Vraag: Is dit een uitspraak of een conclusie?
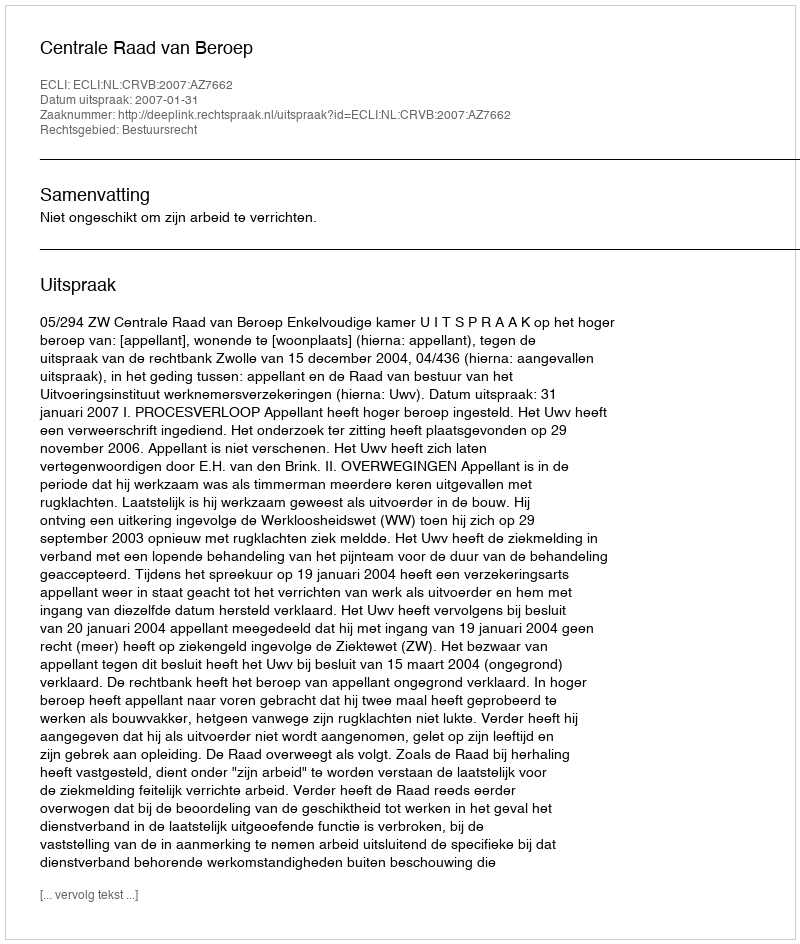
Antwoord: Uitspraak